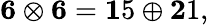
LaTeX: {\mathbf 6}\otimes{\mathbf 6}={\mathbf 15}\oplus{\mathbf 21},